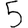
Digit: 5